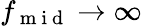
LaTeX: f_{\mathrm{~m~i~d~}}\rightarrow\infty